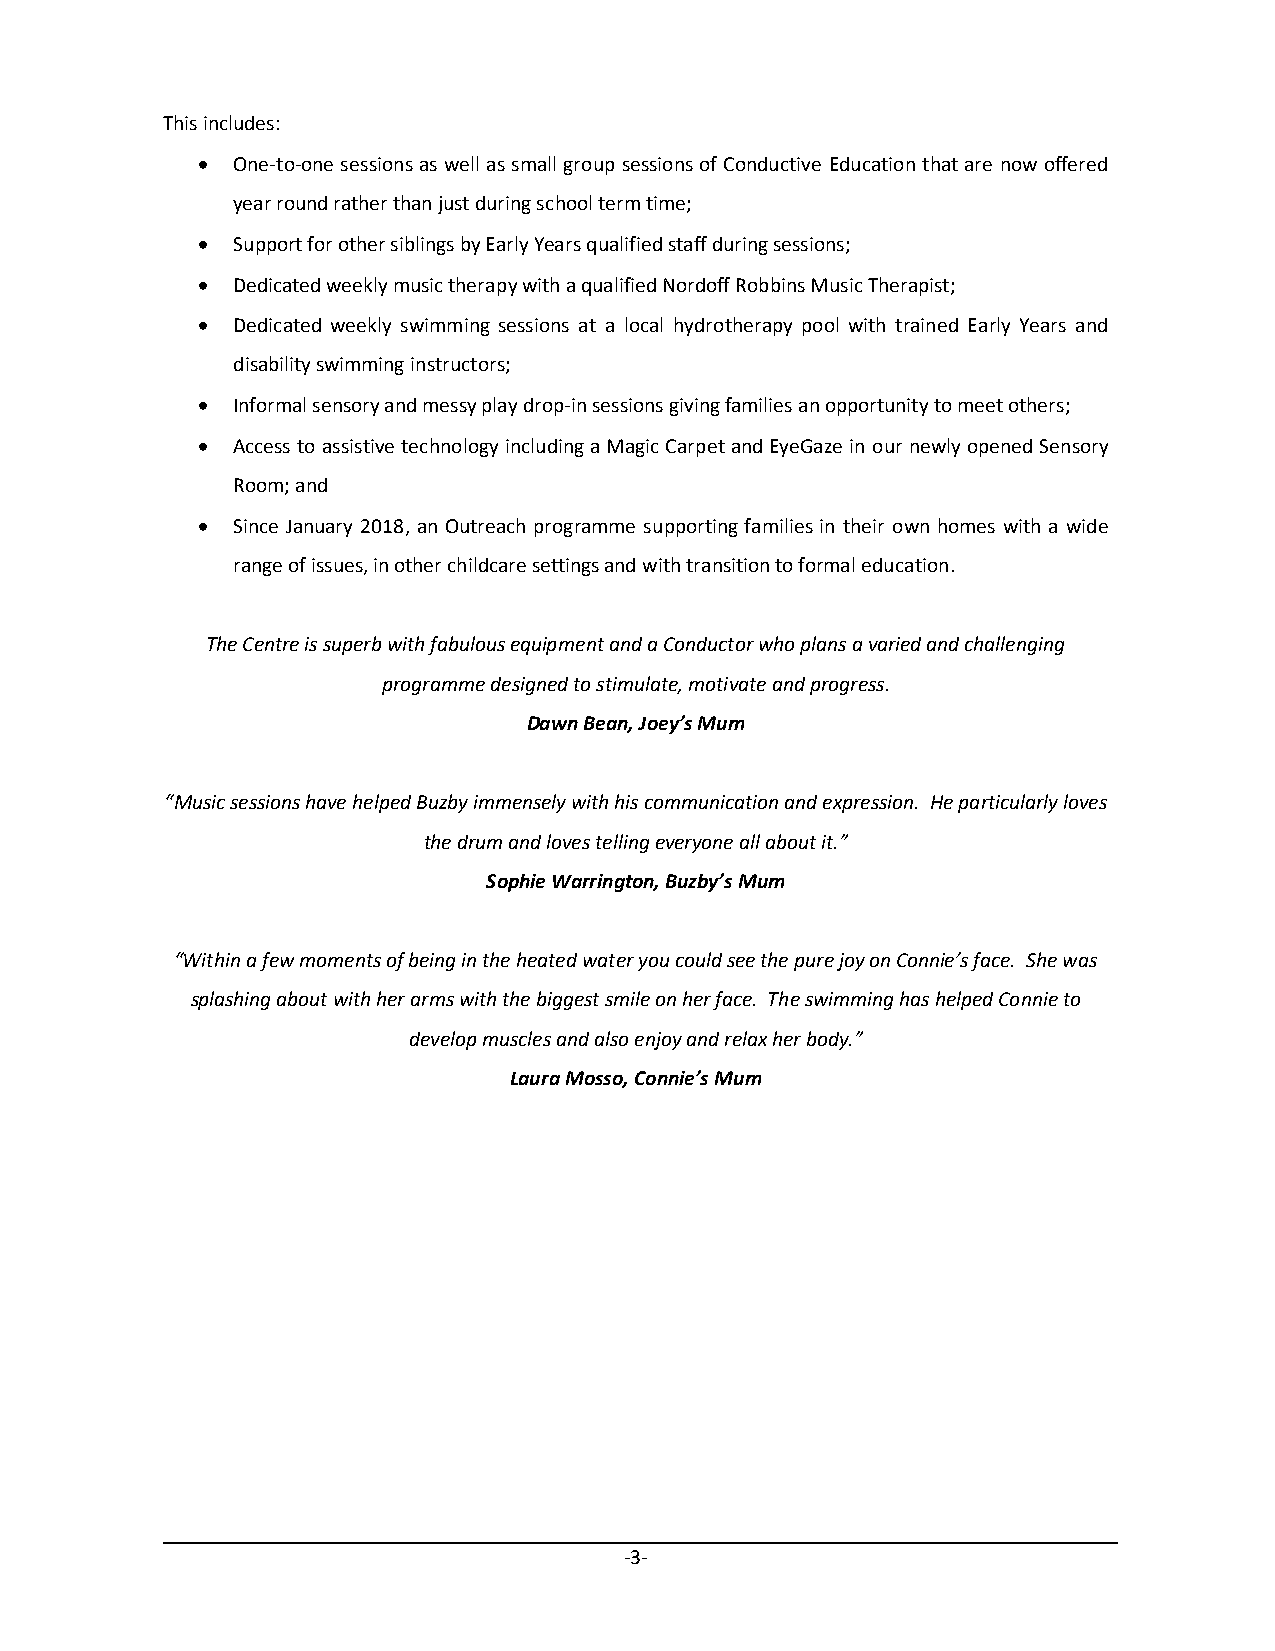
This includes:
  One-to-one sessions as well as small group sessions of Conductive Education that are now offered
 year round rather than just during school term time;
  Support for other siblings by Early Years qualified staff during sessions;
  Dedicated weekly music therapy with a qualified Nordoff Robbins Music Therapist;
  Dedicated weekly swimming sessions at a local hydrotherapy pool with trained Early Years and
 disability swimming instructors;
  Informal sensory and messy play drop-in sessions giving families an opportunity to meet others;
  Access to assistive technology including a Magic Carpet and EyeGaze in our newly opened Sensory
 Room; and
  Since January 2018, an Outreach programme supporting families in their own homes with a wide
 range of issues, in other childcare settings and with transition to formal education.
 The Centre is superb with fabulous equipment and a Conductor who plans a varied and challenging
 programme designed to stimulate, motivate and progress.
 Dawn Bean, Joey’s Mum
 “Music sessions have helped Buzby immensely with his communication and expression. He particularly loves
 the drum and loves telling everyone all about it.”
 Sophie Warrington, Buzby’s Mum
 “Within a few moments of being in the heated water you could see the pure joy on Connie’s face. She was
 splashing about with her arms with the biggest smile on her face. The swimming has helped Connie to
 develop muscles and also enjoy and relax her body.”
 Laura Mosso, Connie’s Mum
 -3-